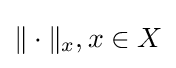
\|\cdot \|_{x},x\in X